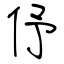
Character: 伃